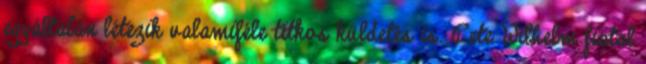
egyáltalán létezik valamiféle titkos küldetés is. Pete Wilhelm fiatal